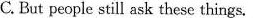
C. But people still ask these things.